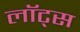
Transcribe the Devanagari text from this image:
लॉट्स